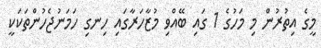
މީގެ އިތުރުން މި މަހުގެ 1 ގައި ބޭއްވި މުޒާހަރާގައި ހިނގި ހަމަނުޖެހުންތަކަކީ